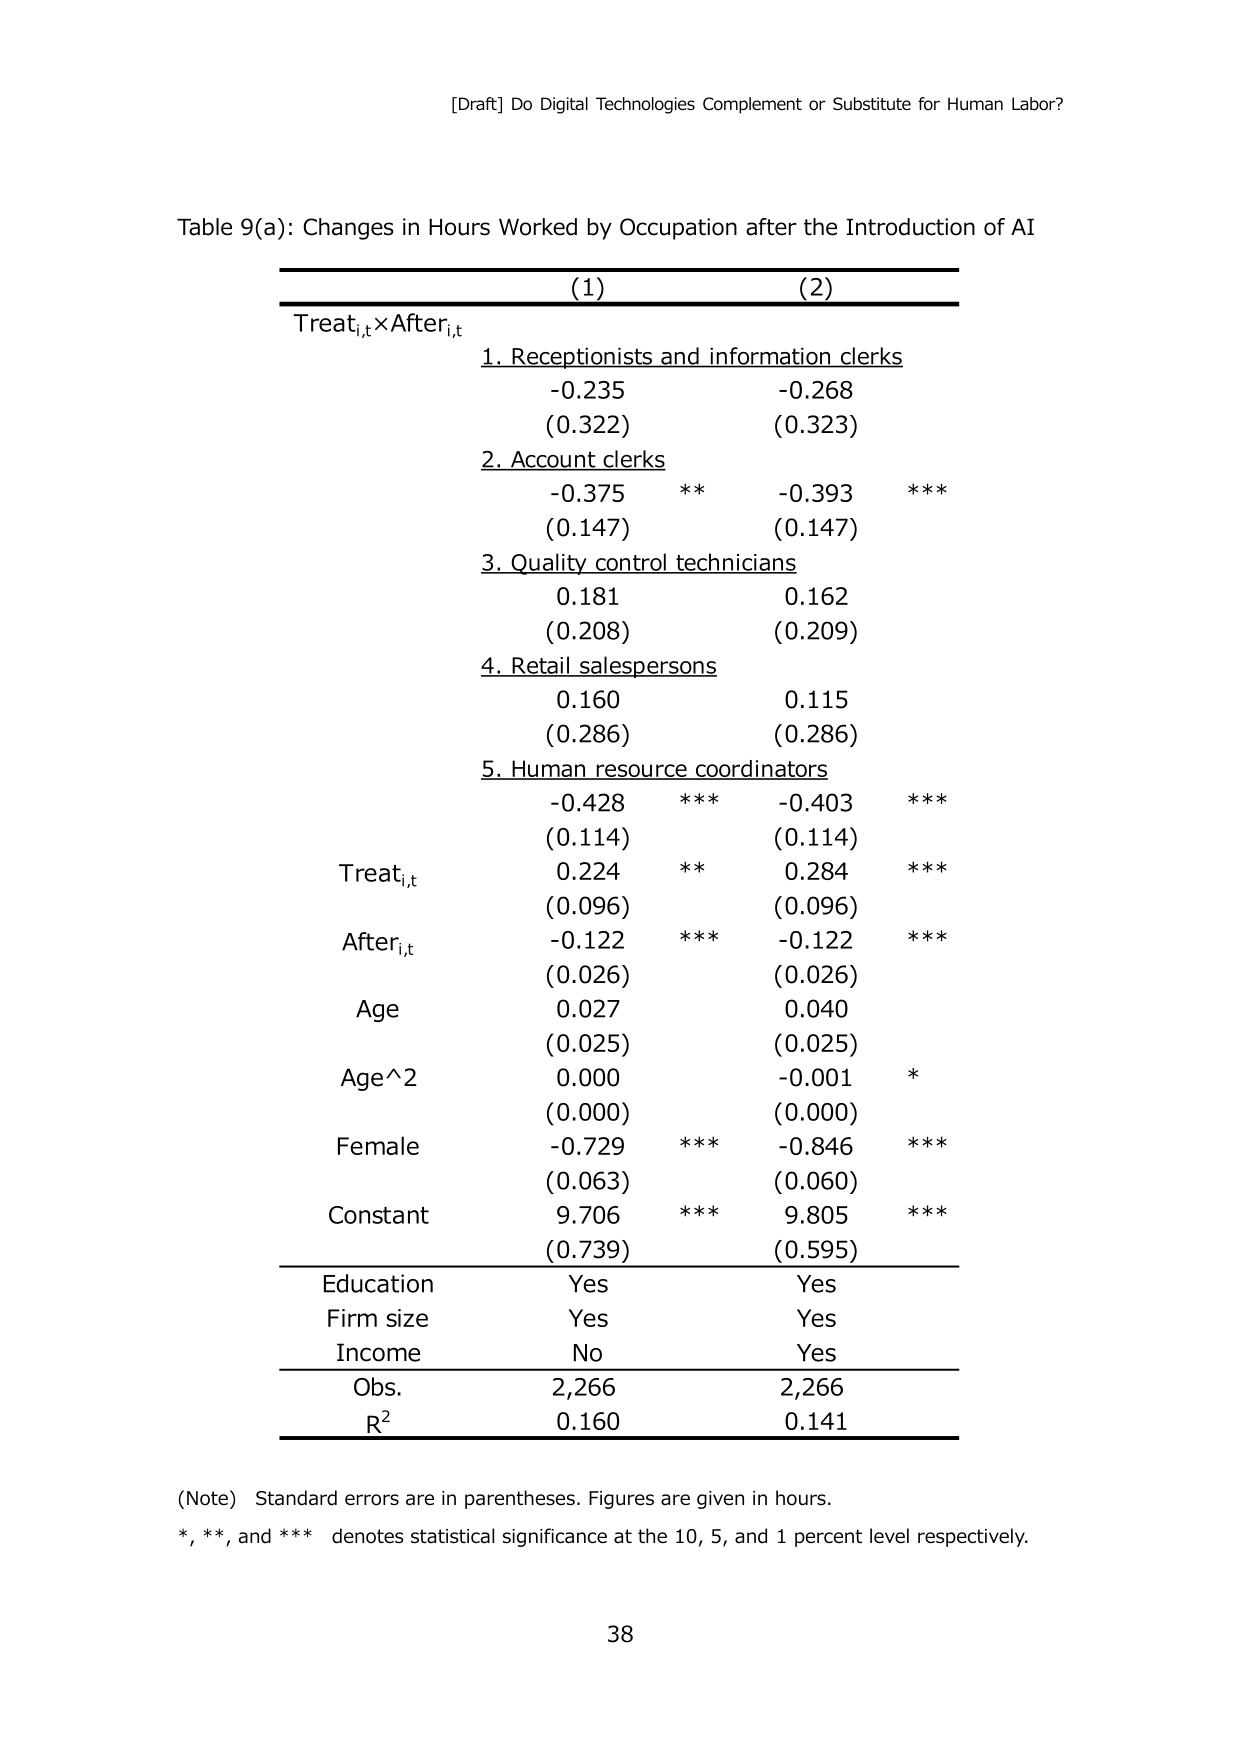
[Draft] Do Digital Technologies Complement or Substitute for Human Labor?

Table 9(a): Changes in Hours Worked by Occupation after the Introduction of AI

(1)             (2)
Treat_{i,t} × After_{i,t}

1. Receptionists and information clerks
   -0.235         -0.268
   (0.322)       (0.323)

2. Account clerks
   -0.375   **    -0.393   ***
   (0.147)         (0.147)

3. Quality control technicians
   0.181          0.162
   (0.208)        (0.209)

4. Retail salespersons
   0.160          0.115
   (0.286)        (0.286)

5. Human resource coordinators
   -0.428   ***   -0.403   ***
   (0.114)        (0.114)

Treat_{i,t}
   0.224   **     0.284   ***
   (0.096)        (0.096)

After_{i,t}
   -0.122   ***   -0.122   ***
   (0.026)        (0.026)

Age
   0.027          0.040
   (0.025)        (0.025)

Age^2
   0.000          -0.001   *
   (0.000)        (0.000)

Female
   -0.729   ***   -0.846   ***
   (0.063)        (0.060)

Constant
   9.706   ***    9.805   ***
   (0.739)        (0.595)

Education        Yes         Yes
Firm size        Yes         Yes
Income           No          Yes

Obs.             2,266       2,266
R²               0.160       0.141

(Note) Standard errors are in parentheses. Figures are given in hours.
*, **, and *** denotes statistical significance at the 10, 5, and 1 percent level respectively.

38